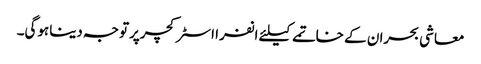
معاشی بحران کے خاتمے کیلئے انفرا اسٹرکچرپرتوجہ دیناہوگی۔